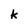
Character: k